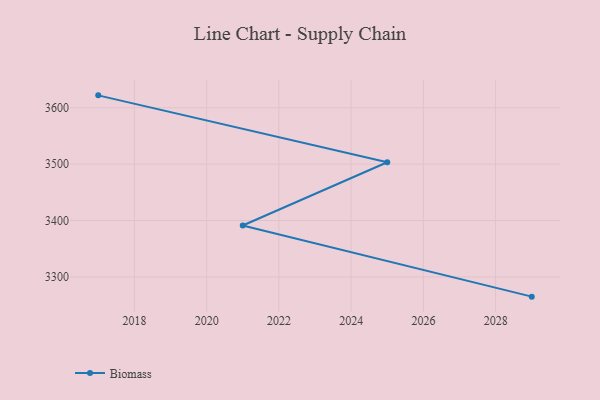
{"axis": {"x": "Year", "y": "Shipments"}, "legend": ["Biomass"], "data": [{"x": "2017", "y": 3622.0, "type": "Biomass"}, {"x": "2025", "y": 3503.4, "type": "Biomass"}, {"x": "2021", "y": 3391.2, "type": "Biomass"}, {"x": "2029", "y": 3265.0, "type": "Biomass"}]}